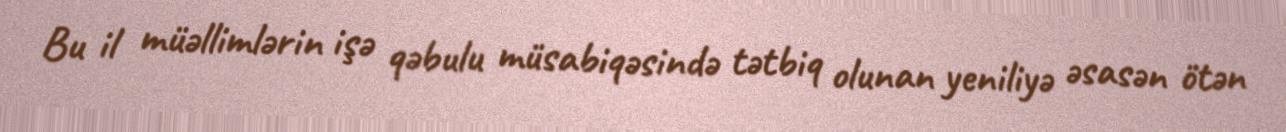
Bu il müəllimlərin işə qəbulu müsabiqəsində tətbiq olunan yeniliyə əsasən ötən